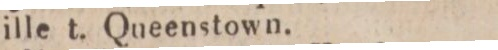
ille t. Queenstown.